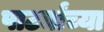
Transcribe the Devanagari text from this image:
पार्ट्यांच्या